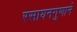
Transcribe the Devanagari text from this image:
रसायनगुणाने